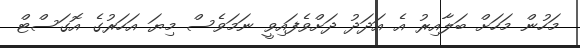
މަހުން މަހަށް ބަލާއިރު އެ އަދަދު ދަށްވެފައިވީ ނަމަވެސް މިޔަ އަހަރުގެ އޮގަސްޓް